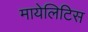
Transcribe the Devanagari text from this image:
मायेलिटिस